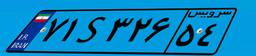
۰۵S۳۳۸۰۲